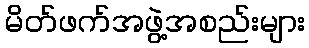
မိတ်ဖက်အဖွဲ့အစည်းများ